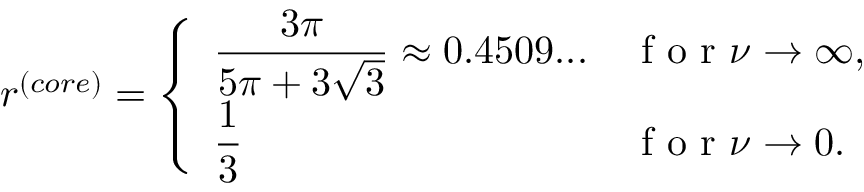
r ^ { ( c o r e ) } = \left\{ \begin{array} { l l } { \displaystyle \frac { 3 \pi } { 5 \pi + 3 \sqrt { 3 } } \approx 0 . 4 5 0 9 . . . } & { \mathrm { ~ f ~ o ~ r ~ } \nu \to \infty , \medskip } \\ { \displaystyle \frac { 1 } { 3 } } & { \mathrm { ~ f ~ o ~ r ~ } \nu \to 0 . } \end{array} \right.